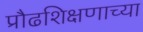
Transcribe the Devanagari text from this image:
प्रौढशिक्षणाच्या